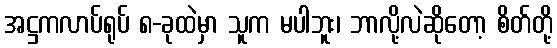
အဋ္ဌကလာပ်ရုပ် ၈-ခုထဲမှာ သူက မပါဘူး၊ ဘာလို့လဲဆိုတော့ စိတ်တို့